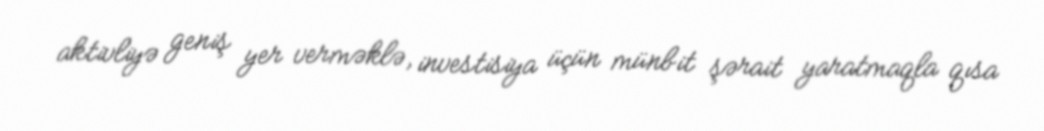
aktivliyə geniş yer verməklə, investisiya üçün münbit şərait yaratmaqla qısa